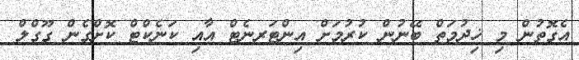
އެގޮތުން މި ޚިދުމަތް ބޭނުން ކުރުމަށް އިންޓަރނެޓް އާއި ކަނެކްޓް ކޮށްގެން ގޫގްލް